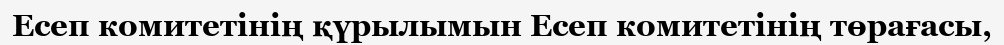
Есеп комитетінің қүрылымын Есеп комитетінің төрағасы,